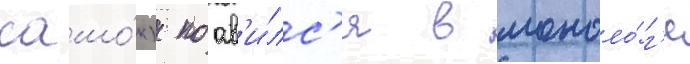
сашо́к) поав'и́лс'я в моноло́г'е